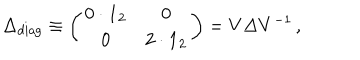
\Delta _ { \mathrm { d i a g } } \equiv \left( \begin{array} { c c } { { 0 \cdot { \bf 1 } _ { 2 } } } & { { 0 } } \\ { { 0 } } & { { 2 \cdot { \bf 1 } _ { 2 } } } \\ \end{array} \right) = V \Delta V ^ { - 1 } \, ,